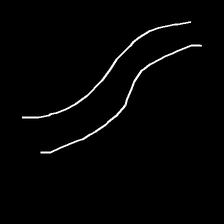
Glyph: float